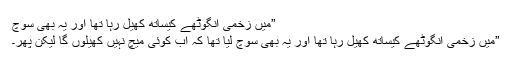
”میں زخمی انگوٹھے کیساتھ کھیل رہا تھا اور یہ بھی سوچ
”میں زخمی انگوٹھے کیساتھ کھیل رہا تھا اور یہ بھی سوچ لیا تھا کہ اب کوئی میچ نہیں کھیلوں گا لیکن پھر۔